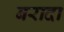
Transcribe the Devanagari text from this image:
बरादा